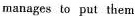
manages to put them